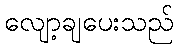
လျော့ချပေးသည်